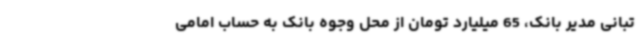
تبانی مدیر بانک، 65 میلیارد تومان از محل وجوه بانک به حساب امامی